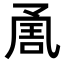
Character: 𭂶